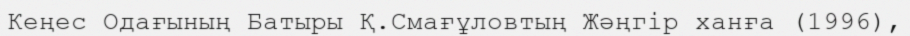
Кеңес Одағының Батыры Қ.Смағұловтың Жәңгір ханға (1996),